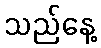
သည်နေ့